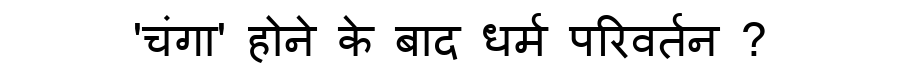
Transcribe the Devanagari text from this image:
'चंगा' होने के बाद धर्म परिवर्तन ?